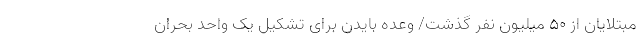
مبتلایان از ۵۰ میلیون نفر گذشت/ وعده بایدن برای تشکیل یک واحد بحران